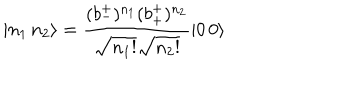
| n _ { 1 } \, n _ { 2 } \rangle = \frac { ( b _ { - } ^ { + } ) ^ { n _ { 1 } } ( b _ { + } ^ { + } ) ^ { n _ { 2 } } } { \sqrt { n _ { 1 } ! } \sqrt { n _ { 2 } ! } } | 0 \, 0 \rangle